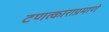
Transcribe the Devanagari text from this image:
टणत्काराप्रमाणे